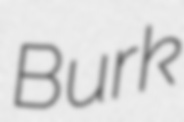
Burk